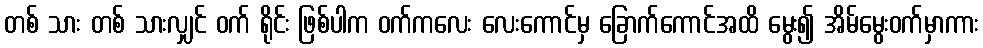
တစ် သား တစ် သားလျှင် ဝက် ရိုင်း ဖြစ်ပါက ဝက်ကလေး လေးကောင်မှ ခြောက်ကောင်အထိ မွေး၍ အိမ်မွေးဝက်မှာကား